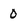
Character: 0